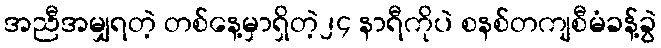
အညီအမျှရတဲ့ တစ်နေ့မှာရှိတဲ့၂၄ နာရီကိုပဲ စနစ်တကျစီမံခန့်ခွဲ